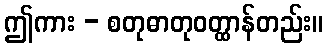
ဤကား - စတုဓာတုဝတ္ထာန်တည်း။